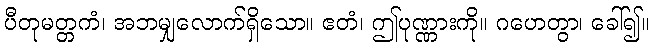
ပီတုမတ္တကံ၊ အဘမျှလောက်ရှိသော။ ဧတံ၊ ဤပုဏ္ဏားကို။ ဂဟေတွာ၊ ခေါ်၍။